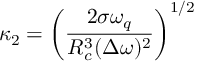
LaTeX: \displaystyle \kappa _ { 2 } = \left( \frac { 2 \sigma \omega _ { q } } { R _ { c } ^ { 3 } ( \Delta \omega ) ^ { 2 } } \right) ^ { 1 / 2 }